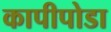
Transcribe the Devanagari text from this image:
कापीपोडा